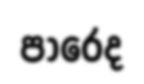
පාරෙද